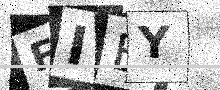
Text: FIEY